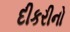
દીકરીનો